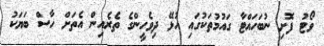
ވޯޓު ފޮށި ނުބަހައްޓާ ގައުމުތަކުގައި އުޅޭ ދިވެހީންގެ ތެރެއިން އެތަށް ހާސް ބަޔަކު